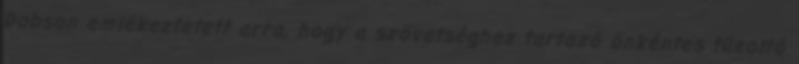
Dobson emlékeztetett arra, hogy a szövetséghez tartozó önkéntes tűzoltó